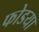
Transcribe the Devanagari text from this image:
फोडया